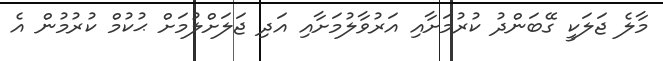
މާލެ ޖަލަކީ ގޭބަންދު ކުރުމަށާއި އަރުވާލުމަށާއި އަދި ޖަލަށްލުމަށް ޙުކުމް ކުރުމުން އެ